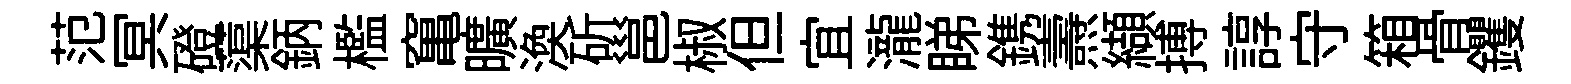
范冥磴蕖鈵檻𥧄曠渙斫邕椒但宜瀧睇鎸燾纈搏諄守箱骨钁